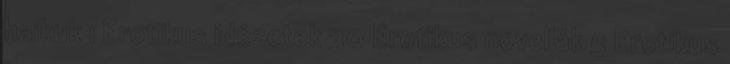
haikuk 1 Erotikus idézetek 30 Erotikus novellák 5 Erotikus